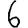
Digit: 6